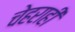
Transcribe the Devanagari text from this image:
चेहराही